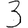
Digit: 3